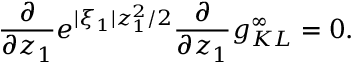
\frac { \partial } { \partial z _ { 1 } } e ^ { | \xi _ { 1 } | z _ { 1 } ^ { 2 } / 2 } \frac { \partial } { \partial z _ { 1 } } g _ { K L } ^ { \infty } = 0 .